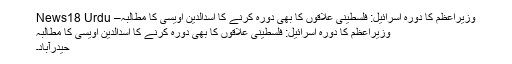
وزیراعظم کا دورہ اسرائیل: فلسطینی علاقوں کا بھی دورہ کرنے کا اسدالدین اویسی کا مطالبہ– News18 Urdu
وزیراعظم کا دورہ اسرائیل: فلسطینی علاقوں کا بھی دورہ کرنے کا اسدالدین اویسی کا مطالبہ
حیدرآباد۔